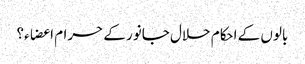
بالوں کے احکام حلال جانور کے حرام اعضاء؟